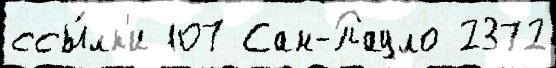
ссы́лк'и 107 Сан-Пауло 2372